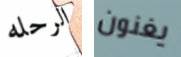
الرحله يغنون